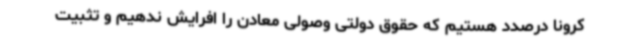
کرونا درصدد هستیم که حقوق دولتی وصولی معادن را افرایش ندهیم و تثبیت